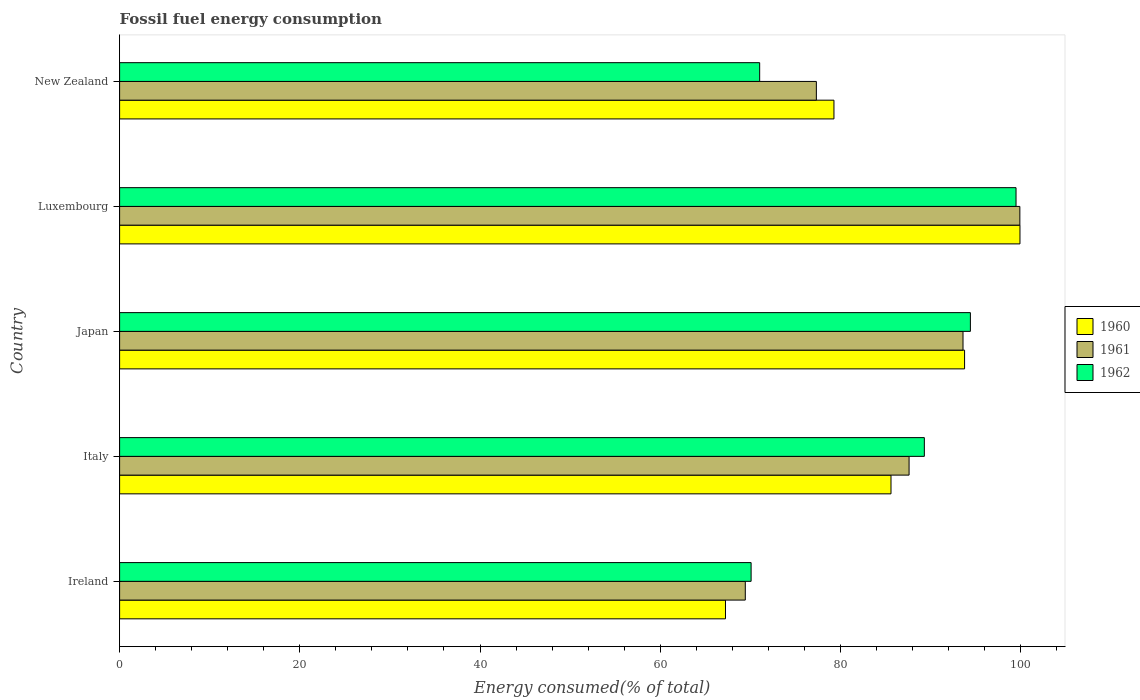
| Country | 1960 | 1961 | 1962 |
 | --- | --- | --- | --- |
 | Ireland | 67.2 | 69.4 | 70.1 |
 | Italy | 85.6 | 87.6 | 89.3 |
 | Japan | 93.8 | 93.6 | 94.4 |
 | Luxembourg | 99.9 | 99.9 | 99.5 |
 | New Zealand | 79.3 | 77.3 | 71 |